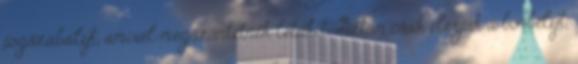
jogszabályt, amivel megszüntetnék létüket. Aztán csak elérjük a borbélyt,